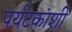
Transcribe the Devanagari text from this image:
पर्यटकांशी